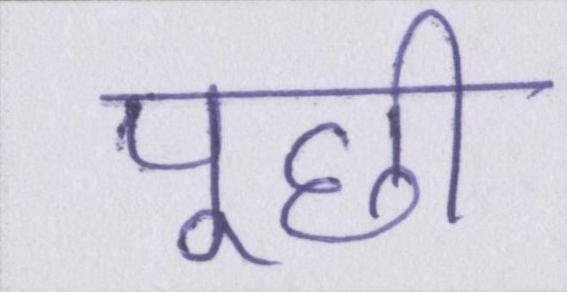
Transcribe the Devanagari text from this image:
पूछी